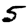
Digit: 5